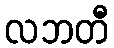
လဘတီ